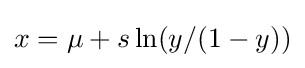
x=\mu +s\ln(y/(1-y))